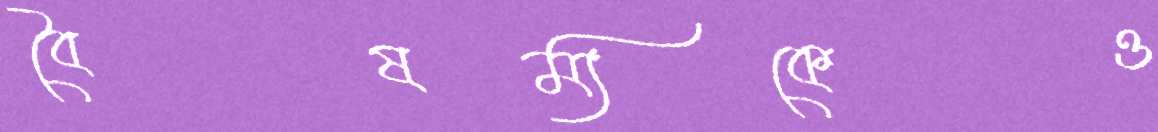
বৈষম্যকেও